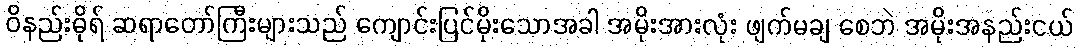
ဝိနည်းဓိုရ် ဆရာတော်ကြီးများသည် ကျောင်းပြင်မိုးသောအခါ အမိုးအားလုံး ဖျက်မချ စေဘဲ အမိုးအနည်းငယ်